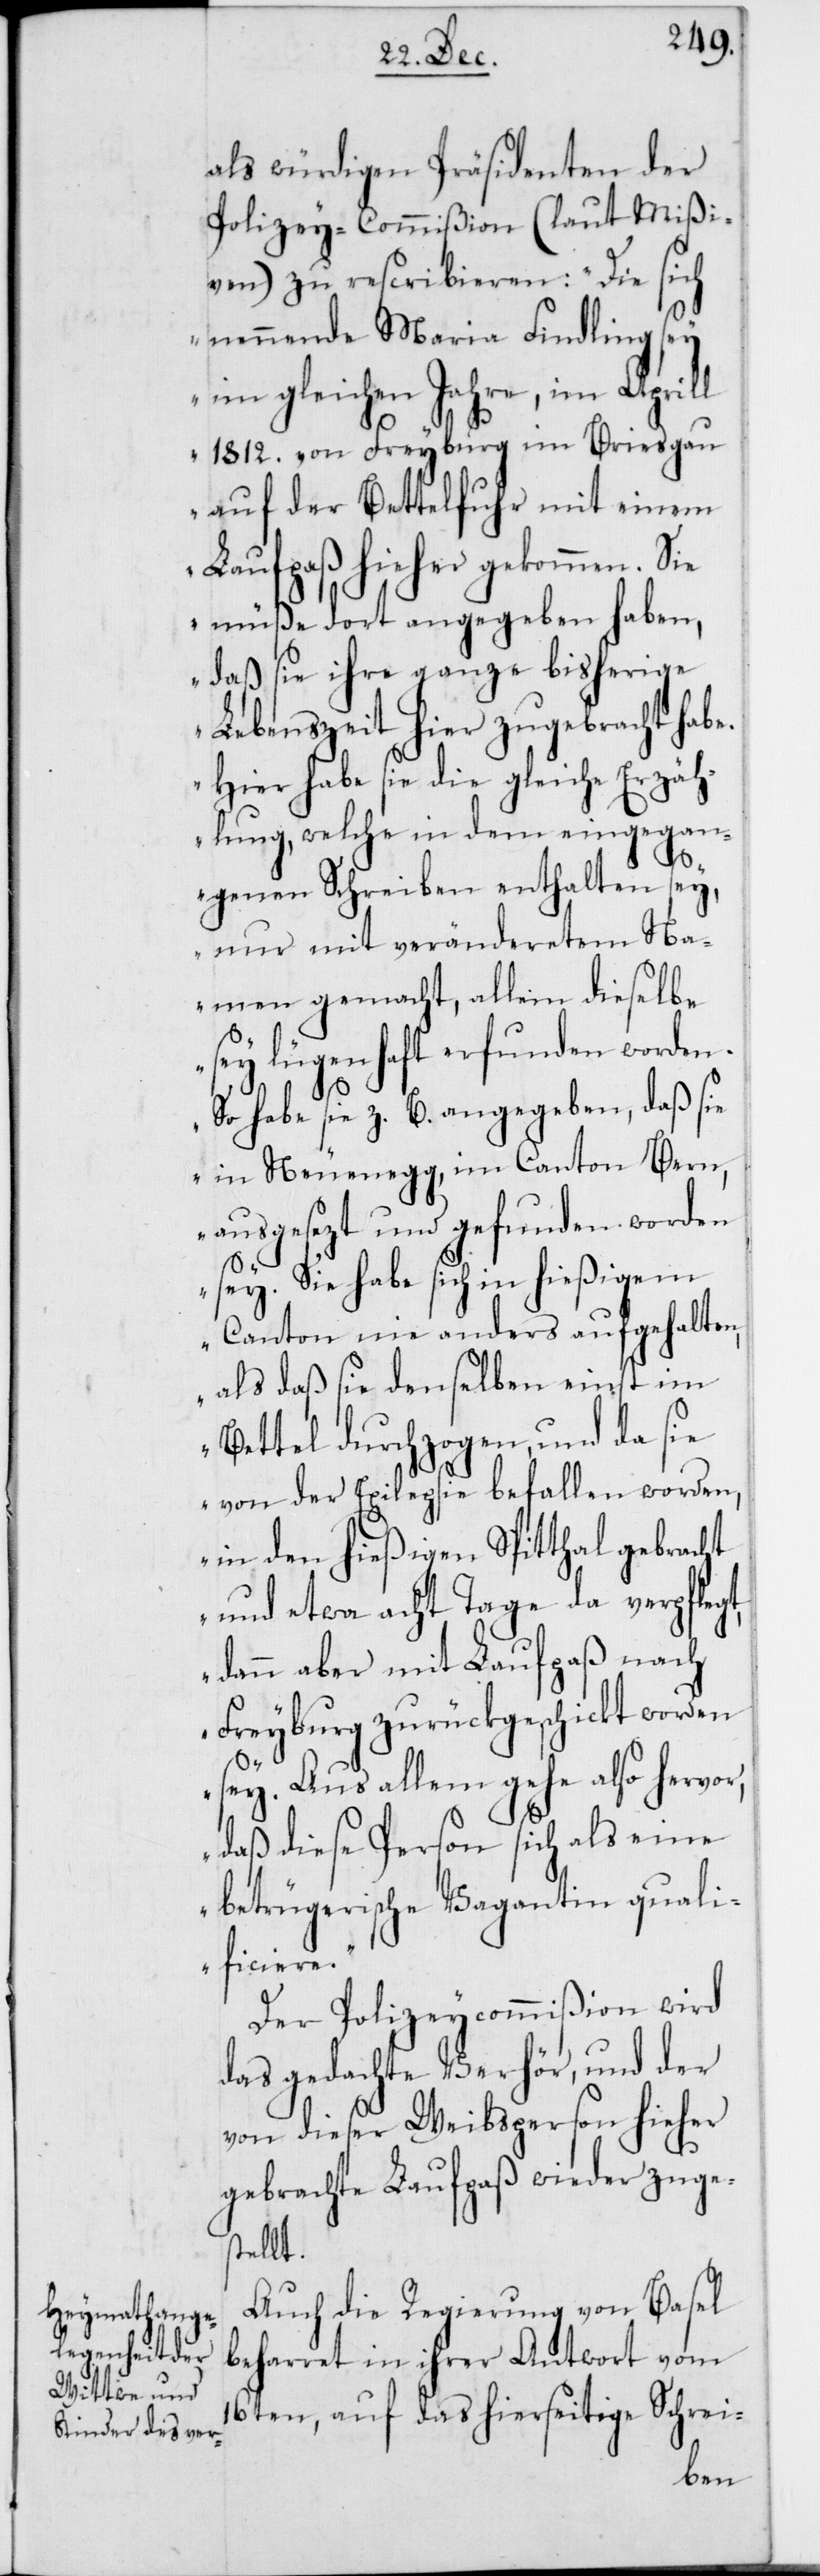
als würdigen Präsidenten der
Polizey-Commißion (laut Mißi¬
ven) zu rescribieren: „Die sich
nennende Maria Findling sey
im gleichen Jahre, im Aprill
1812. von Freyburg im Briesgau
auf der Bettelfuhr mit einem
Laufpaß hieher gekommen. Sie
müße dort angegeben haben,
daß sie ihre ganze bisherige
Lebenszeit hier zugebracht habe.
Hier habe sie die gleiche Erzäh¬
lung, welche in dem eingegan¬
genen Schreiben enthalten sey,
nur mit veränderetem Na¬
men gemacht, allein dieselbe
sey lügenhaft erfunden worden.
So habe sie z. B. angegeben, daß sie
in Neuenegg, im Canton Bern,
ausgesezt und gefunden worden
sey. Sie habe sich in hießigem
Canton nie anders aufgehalten,
als daß sie denselben einst im
Bettel durchzogen, und da sie
von der Epilepsie befallen worden,
in den hießigen Spitthal gebracht
und etwa acht Tage da verpflegt,
dann aber mit Laufpaß nach
Freyburg zurückgeschickt worden
sey. Aus allem gehe also hervor,
daß diese Person sich als eine
betrügerische Vagantin quali¬
ficiere.“
Der Polizeycommißion wird
das gedachte Verhör, und der
von dieser Weibsperson hieher
gebrachte Laufpaß wieder zuge¬
stellt.
Auch die Regierung von Basel
beharrt in ihrer Antwort vom
16ten, auf das hierseitige Schrei-